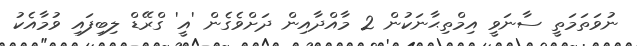
ނުވަތަމަތީ ސާނަވީ އިމްތިޙާނަކުން 2 މާއްދާއިން ދަށްވެގެން 'އީ' ގްރޭޑް ލިބިފައި ވުމާއެކު